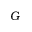
G